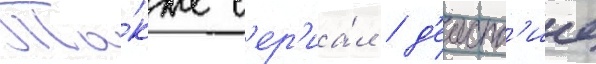
Та́кже с'ер'иа́л / д'еиств'ие